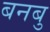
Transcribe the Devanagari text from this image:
बनबु